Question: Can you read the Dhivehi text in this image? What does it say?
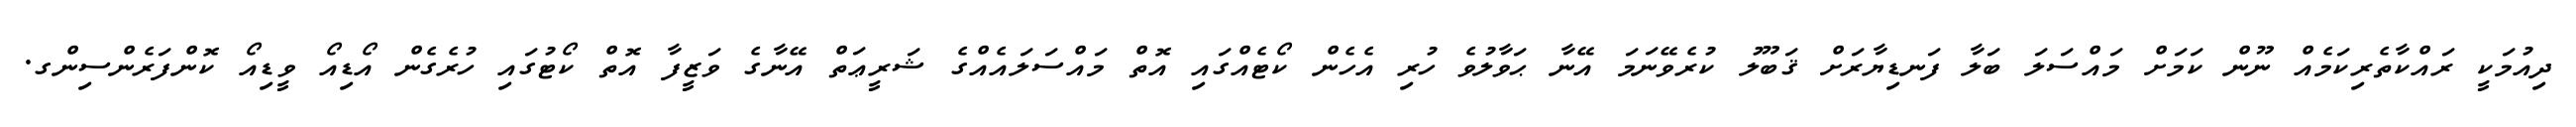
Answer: ދިއުމަކީ ރައްކާތެރިކަމެއް ނޫން ކަމަށް މައްސަލަ ބަލާ ފަނޑިޔާރަށް ޤަބޫލު ކުރެވޭނަމަ އޭނާ ޙަވާލުވެ ހުރި އެހެން ކޯޓެއްގައި އޮތް މައްސަލައެއްގެ ޝަރީޢަތް އޭނާގެ ވަޒީފާ އޮތް ކޯޓުގައި ހުރެގެން އޯޑިއޯ ވީޑިއޯ ކޮންފަރެންސިންގ.